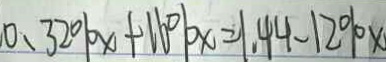
0 . 3 2 \% x + 1 6 \% x = 1 . 4 4 - 1 2 \% x